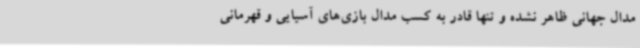
مدال جهانی ظاهر نشده و تنها قادر به کسب مدال بازی‌های آسیایی و قهرمانی